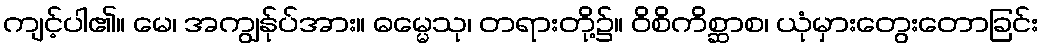
ကျင့်ပါ၏။ မေ၊ အကျွန်ုပ်အား။ ဓမ္မေသု၊ တရားတို့၌။ ဝိစိကိစ္ဆာစ၊ ယုံမှားတွေးတောခြင်း